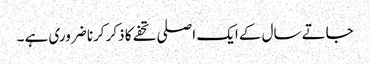
جاتے سال کے ایک اصلی تحفے کا ذکر کرنا ضروری ہے ۔